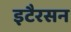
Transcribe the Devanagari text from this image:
इटैरसन